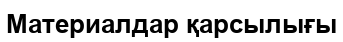
Материалдар қарсылығы